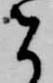
者